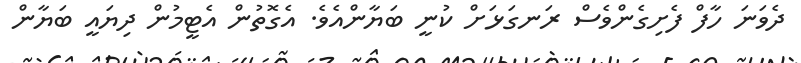
ދެވަނަ ހާފް ފެށިގެންވެސް ރަނގަޅަށް ކުނީ ބަޔާންއެވެ. އެގޮތުން އެޓީމުން ދިޔައީ ބަޔާން